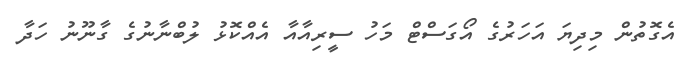
އެގޮތުން މިދިޔަ އަހަރުގެ އޯގަސްޓް މަހު ސީރިއާއާ އެއްކޮޅު ލުބްނާނުގެ ގާނޫނު ހަދާ